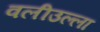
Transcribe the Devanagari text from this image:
वलीउल्ला